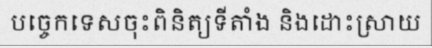
បច្ចេកទេសចុះពិនិត្យទីតាំង និងដោះស្រាយ